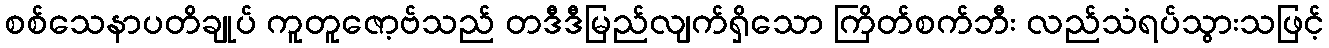
စစ်သေနာပတိချုပ် ကူတူဇော့ဗ်သည် တဒီဒီမြည်လျက်ရှိသော ကြိတ်စက်ဘီး လည်သံရပ်သွားသဖြင့်